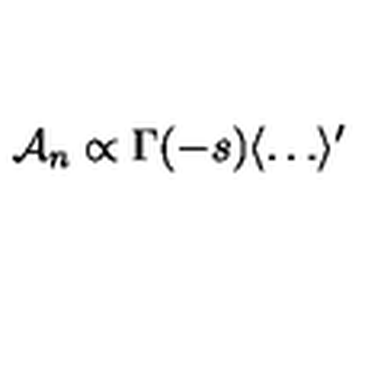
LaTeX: { \cal A } _ { n } \propto \Gamma ( - s ) \langle \dots \rangle ^ { \prime }